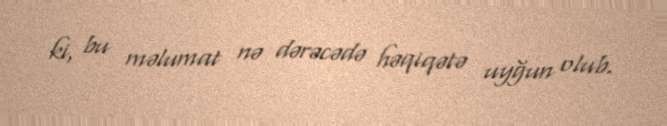
ki, bu məlumat nə dərəcədə həqiqətə uyğun olub.